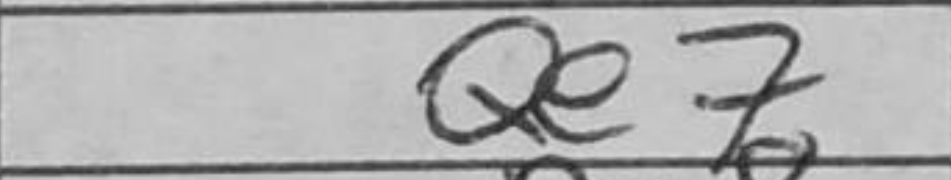
Transcription: Qe7